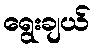
ရွေးချယ်